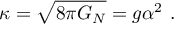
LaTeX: \kappa = \sqrt { 8 \pi G _ { N } } = g \alpha ^ { 2 } \ .